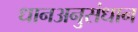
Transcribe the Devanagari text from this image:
धानअनुसंधान